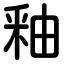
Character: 釉